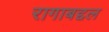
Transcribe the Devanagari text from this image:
रागाबद्दल